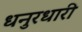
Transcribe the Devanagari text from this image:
धनुरधारी